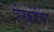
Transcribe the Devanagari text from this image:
प्रीस्क्रीनिंग